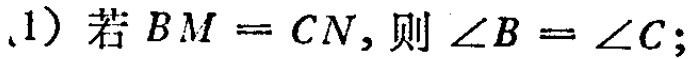
(1) 若 \(BM = CN\)，则 \(\angle B=\angle C\)；